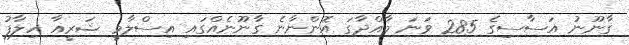
ގާނޫނު އަސާސިގެ 285 ވަނަ މާއްދާގަ އޮންނާނެ ގާނޫނެއްގައި އިސްލާމީ ޝަރީއާ ހިލާފު